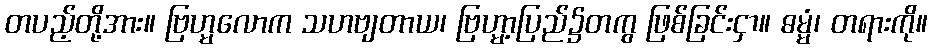
တပည့်တို့အား။ ဗြဟ္မလောက သဟဗျတာယ၊ ဗြဟ္မာ့ပြည်၌တကွ ဖြစ်ခြင်းငှာ။ ဓမ္မံ၊ တရားကို။